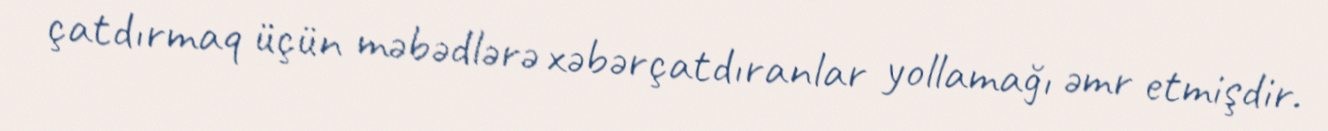
çatdırmaq üçün məbədlərə xəbərçatdıranlar yollamağı əmr etmişdir.